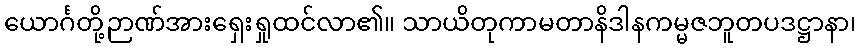
ယောင်္ဂတို့ဉာဏ်အားရှေးရှုထင်လာ၏။ သာယိတုကာမတာနိဒါနကမ္မဇဘူတပဒဋ္ဌာနာ၊